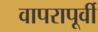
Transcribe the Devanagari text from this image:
वापरापूर्वी